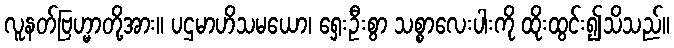
လူနတ်ဗြဟ္မာတို့အား။ ပဌမာဟိသမယော၊ ရှေးဦးစွာ သစ္စာလေးပါးကို ထိုးထွင်း၍သိသည်။